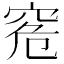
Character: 𥥠